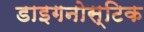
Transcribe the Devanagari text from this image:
डाइगनोस्टिक